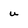
Character: u